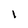
Character: I